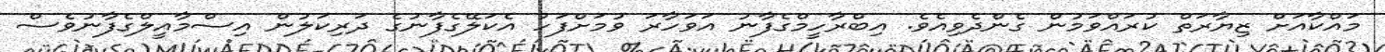
މައްކާއަށް ޒިޔާރަތް ކުރައްވަމުން ގެންދެވިއެވެ. އިބްރާހީމްގެފާނު އަވަހާރަ ވުމަށްފަހު އެކަލޭގެފާނުގެ ދަރިކަލުން އިސްމާއީލްގެފާނުވެސް